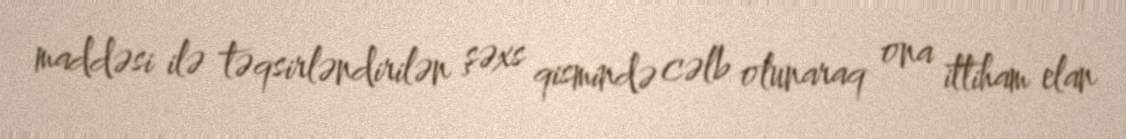
maddəsi ilə təqsirləndirilən şəxs qismində cəlb olunaraq ona ittiham elan